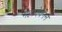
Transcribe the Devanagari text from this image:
महादेवनने